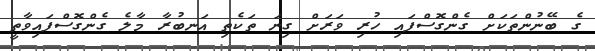
ގެ ބޭނުންތަކަށް ގެންގޮސްފައި ހުރި ވަރަށް ގިނަ ތަކެތި އަނބުރާ މާލެ ގެންގޮސްފައިވާތީ